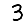
Digit: 3